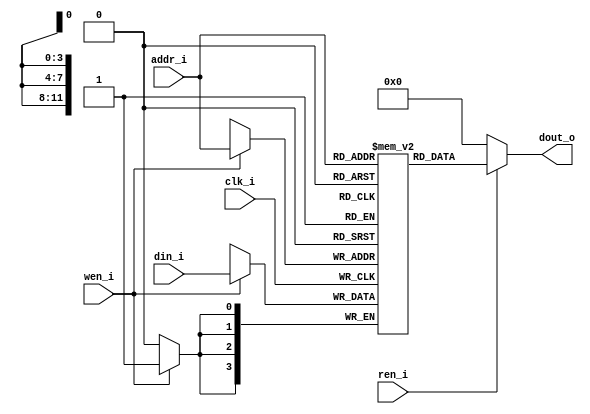
/* RAM 4096x4 - 12-bit addressing, 4-bit word */

module ram(
  input clk_i,
  input ren_i,
  input wen_i,
  input [3:0] din_i,
  input [11:0] addr_i,
  output [3:0] dout_o
);

  reg [3:0] memory [4095:0];
  integer i;

  // clear RAM on start
  initial begin
    for (i = 0; i < 4096; i++) begin
      memory[i] <= 4'b0;
    end
  end

  always @(posedge clk_i) begin
    if (wen_i) begin
      memory[addr_i] = din_i;
    end
  end

  assign dout_o = (ren_i) ? memory[addr_i] : 16'b0;

endmodule